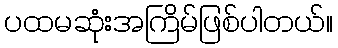
ပထမဆုံးအကြိမ်ဖြစ်ပါတယ်။